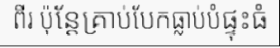
ពីរ ប៉ុន្តែគ្រាប់បែកធ្លាប់បំផ្ទុះធំ